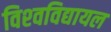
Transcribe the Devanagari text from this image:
विश्‍वविद्यायल